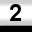
Digit: 2